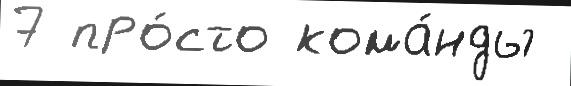
7 про́сто кома́нды